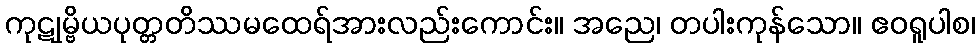
ကုဋုမ္ဗိယပုတ္တတိဿမထေရ်အားလည်းကောင်း။ အညေ၊ တပါးကုန်သော။ ဧဝရူပါစ၊